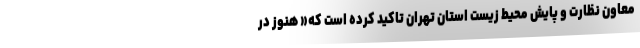
معاون نظارت و پایش محیط زیست استان تهران تاکید کرده است که« هنوز در